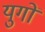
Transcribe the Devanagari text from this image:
युगाें